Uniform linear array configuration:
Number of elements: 12
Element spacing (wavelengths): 0.75
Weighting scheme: exponential
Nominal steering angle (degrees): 30
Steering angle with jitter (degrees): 29.967
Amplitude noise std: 0.05
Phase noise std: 0.05

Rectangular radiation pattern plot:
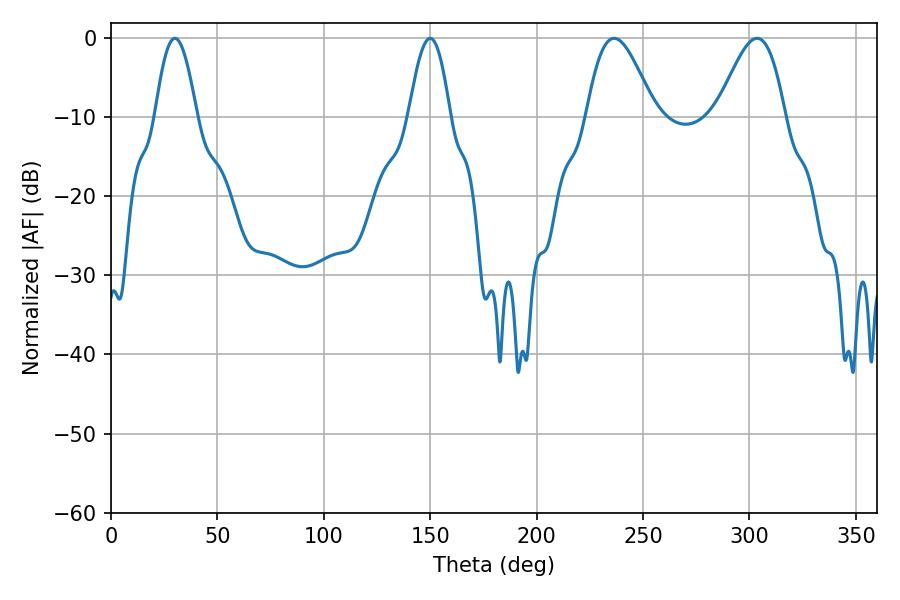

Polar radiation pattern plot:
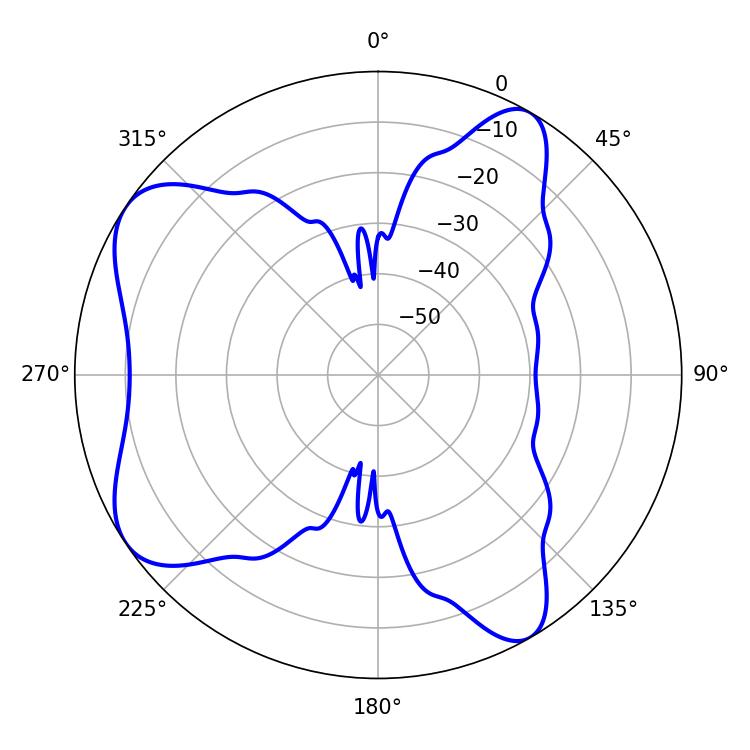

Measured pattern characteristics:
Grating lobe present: TRUE
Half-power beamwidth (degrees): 10.62
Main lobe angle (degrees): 30.06